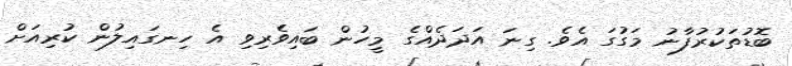
ބޮޑުތަކުރުފާނު މަގުގަ އެވެ. ގިނަ އަދަދެއްގެ މީހުން ބައިވެރިވި އެ ހިނގައިލުން ކުރިއަށް